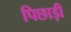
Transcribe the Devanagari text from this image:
पिछाड़ी